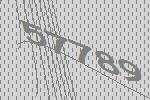
57789